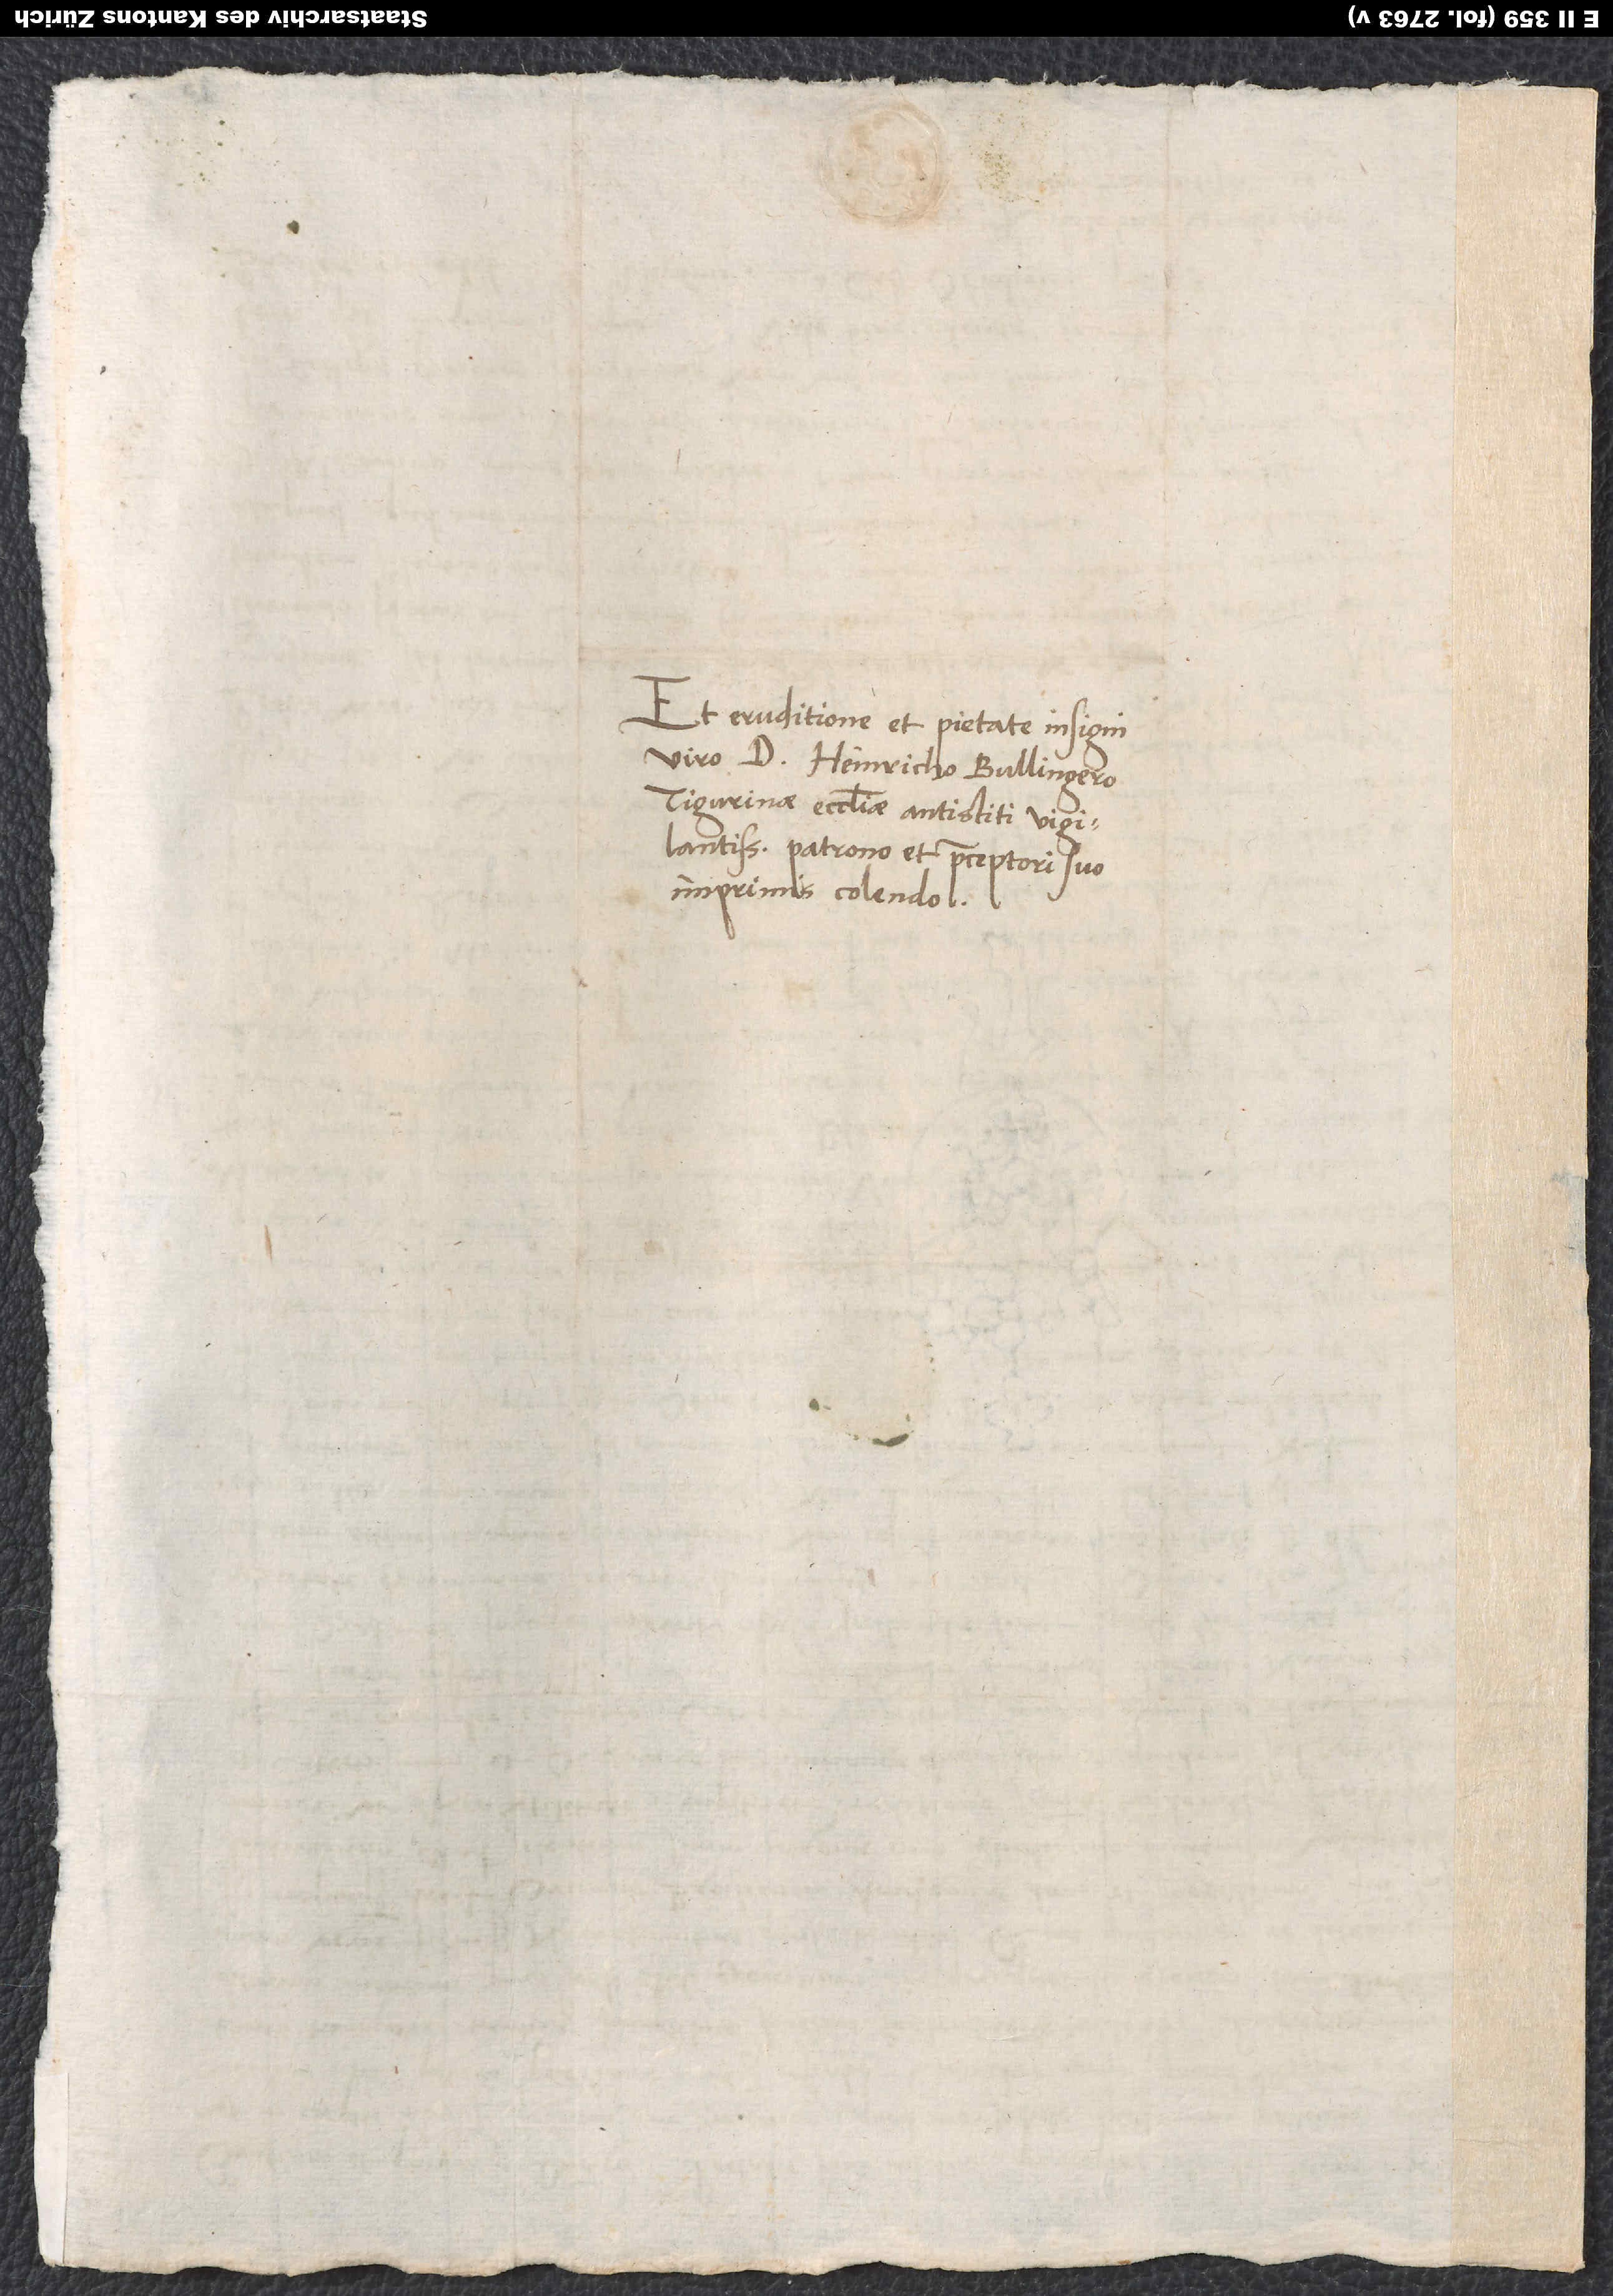
Et eruditione et pietate insigni
viro d. Heinricho Bullingero,
Tigurinae ecclesiae antistiti
vigilantissimo, patrono et praeceptori suo
imprimis colendo.